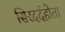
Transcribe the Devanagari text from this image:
सिरदर्दहोता